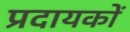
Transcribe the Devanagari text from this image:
प्रदायकों